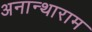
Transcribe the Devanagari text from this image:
अनान्थाराम